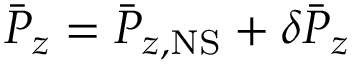
\bar { P } _ { z } = \bar { P } _ { z , \mathrm { N S } } + \delta \bar { P } _ { z }